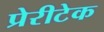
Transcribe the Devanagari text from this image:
प्रेरीटेक